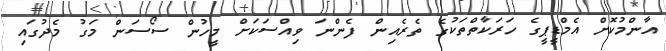
އާންމުކޮށް އެމްޑީޕީގެ ހަރަކާތްތަކުގެ ތެރެއިން ފެންނަ ވިއްސަކަށް މީހުން ސޯސަން މަގު މެދުގައި